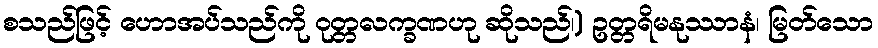
စသည်ဖြင့် ဟောအပ်သည်ကို ဝုတ္တလက္ခဏဟု ဆိုသည်၊) ဥတ္တရိမနုဿာနံ၊ မြတ်သော